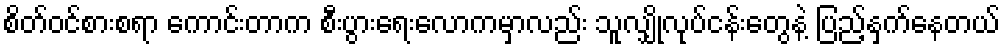
စိတ်ဝင်စားစရာ ကောင်းတာက စီးပွားရေးလောကမှာလည်း သူလျှိုလုပ်ငန်းတွေနဲ့ ပြည့်နှက်နေတယ်